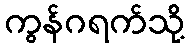
ကွန်ဂရက်သို့